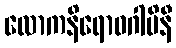
လောကနိရောဓဂါမိနီ